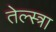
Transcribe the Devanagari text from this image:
तेल्स्त्रा